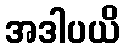
အဒါပယိ